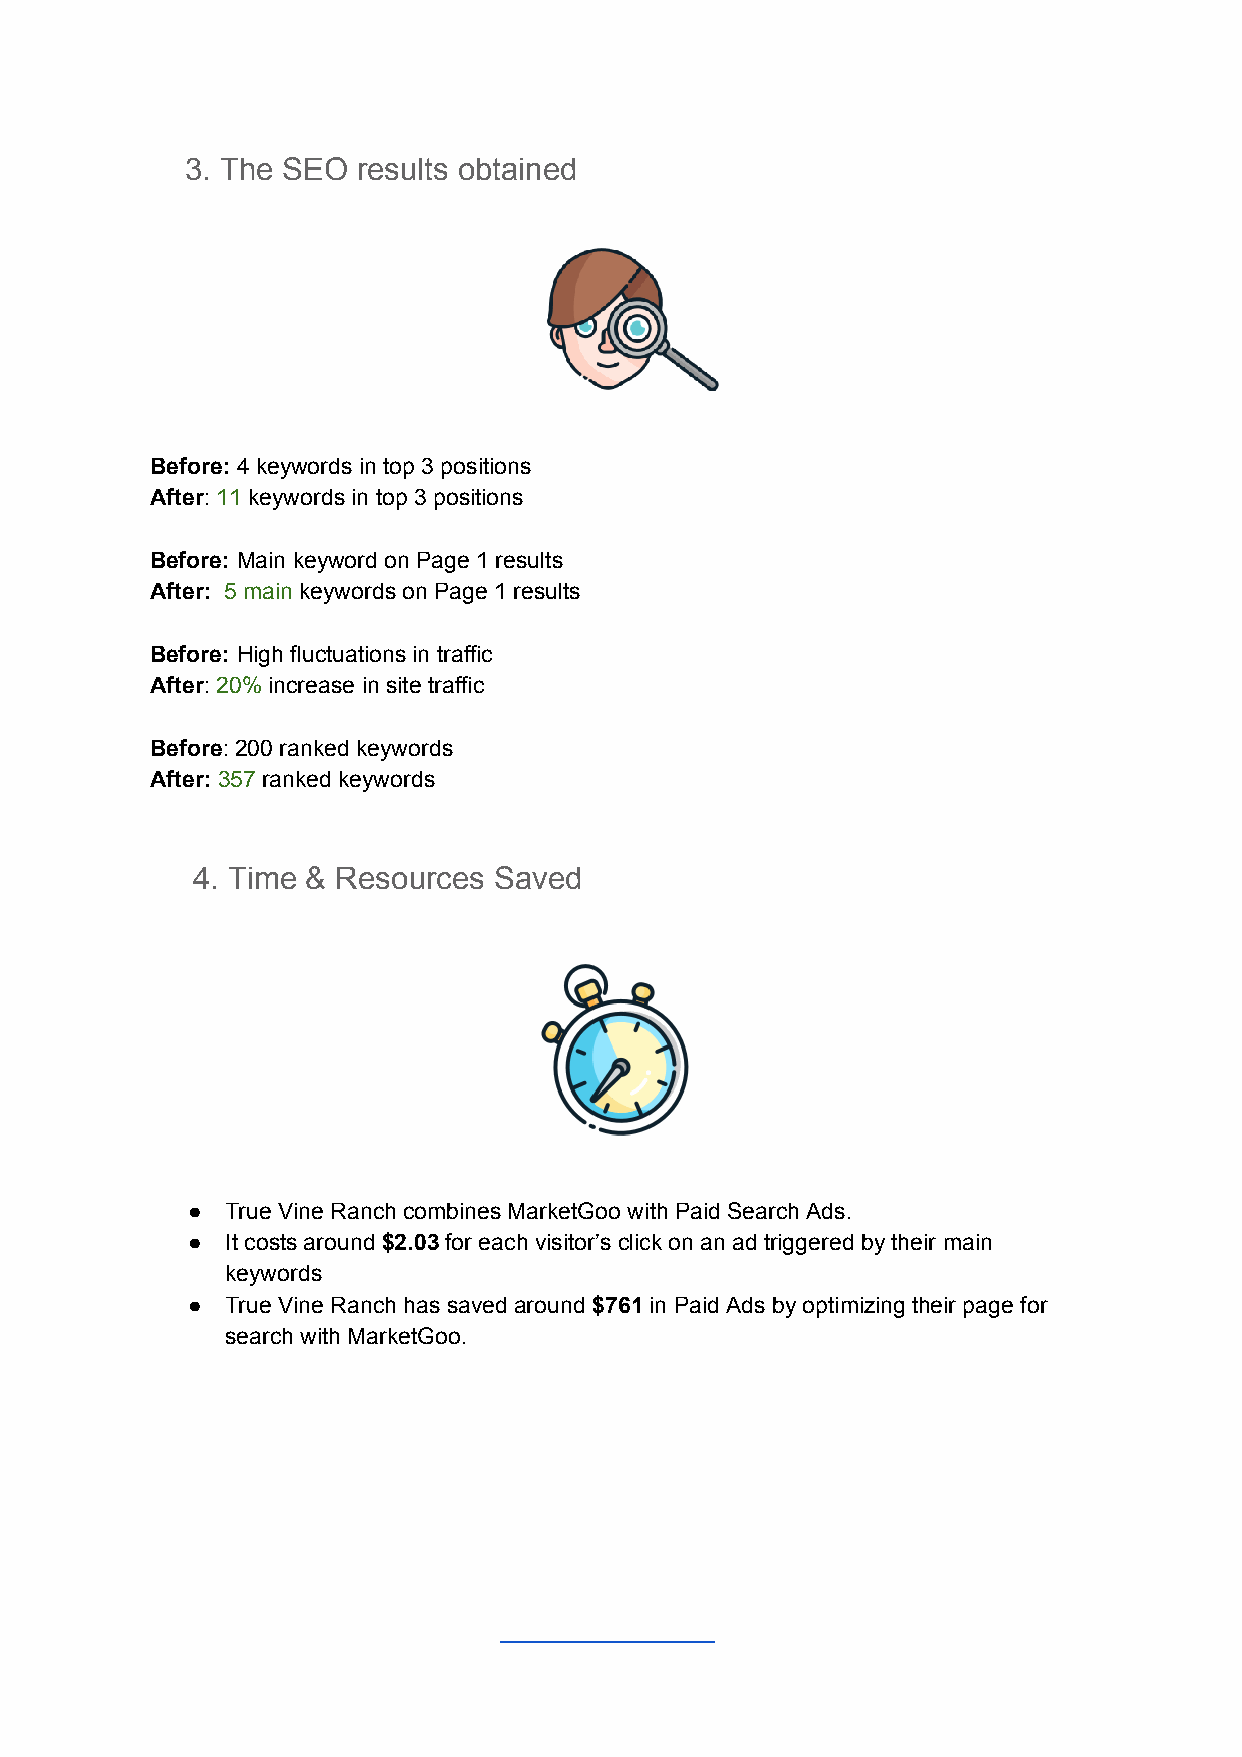
3. The SEO  results obtained
 Before: 4 keywords in top 3 positions
 ​
 After: 11 keywords in top 3 positions
 ​ ​ ​
 Before: Main keyword on Page 1 results
 ​
 After: 5 main keywords on Page 1 results
 ​ ​  ​
 Before: High fluctuations in traffic
 ​
 After: 20% increase in site traffic
 ​ ​ ​
 Before: 200 ranked keywords
 ​
 After: 357 ranked keywords
 ​ ​ ​
 4. Time & Resources Saved
 ●  True Vine Ranch combines MarketGoo with Paid Search Ads.
 ●  It costs around $2.03 for each visitor’s click on an ad triggered by their main
 ​   ​
 keywords
 ●  True Vine Ranch has saved around $761 in Paid Ads by optimizing their page for
 ​   ​
 search with MarketGoo.